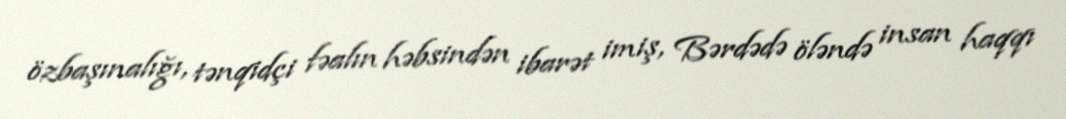
özbaşınalığı, tənqidçi fəalın həbsindən ibarət imiş, Bərdədə öləndə insan haqqı